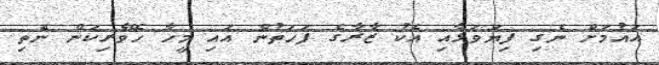
އައުމަށް ނެގި ފިޔަވަޅާއި އެކު ޒާރާގެ ފަހަތުން އައި މީހާ ހޭވެރިކަން ނެތި